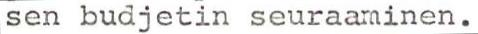
sen budjetin seuraaminen.